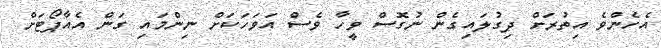
އެހެންވެ އިތުރަށް ދިގުލައިގެން ނުގޮސް ވީހާ ވެސް އަވަހަކަށް ނިންމައި ގަން އެއާޕޯޓަށް